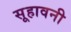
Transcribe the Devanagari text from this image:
सूहावनी